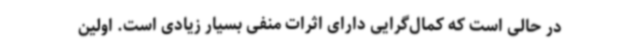
در حالی است که کمال‌گرایی دارای اثرات منفی بسیار زیادی است. اولین